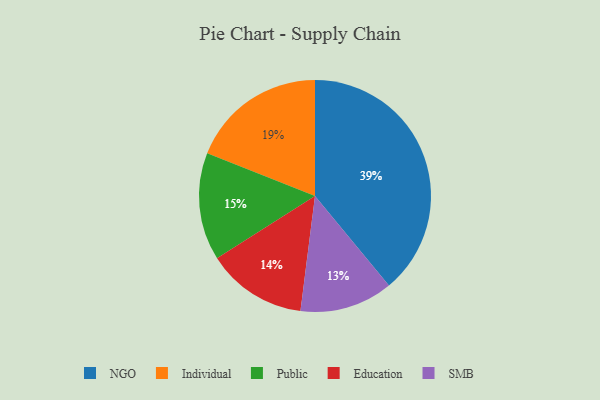
{"axis": {"x": "Category", "y": "Percentage"}, "legend": ["Education", "Individual", "NGO", "Public", "SMB"], "data": [{"x": "NGO", "y": 39, "type": "NGO"}, {"x": "SMB", "y": 13, "type": "SMB"}, {"x": "Individual", "y": 19, "type": "Individual"}, {"x": "Public", "y": 15, "type": "Public"}, {"x": "Education", "y": 14, "type": "Education"}]}